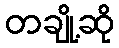
တချို့ဆို